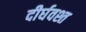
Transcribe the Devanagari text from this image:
दीर्घवश्त